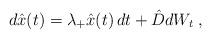
LaTeX: \begin{align*}d\hat{x}(t)=\lambda_+\hat{x}(t)\,dt + \hat{D}dW_t \;, \end{align*}